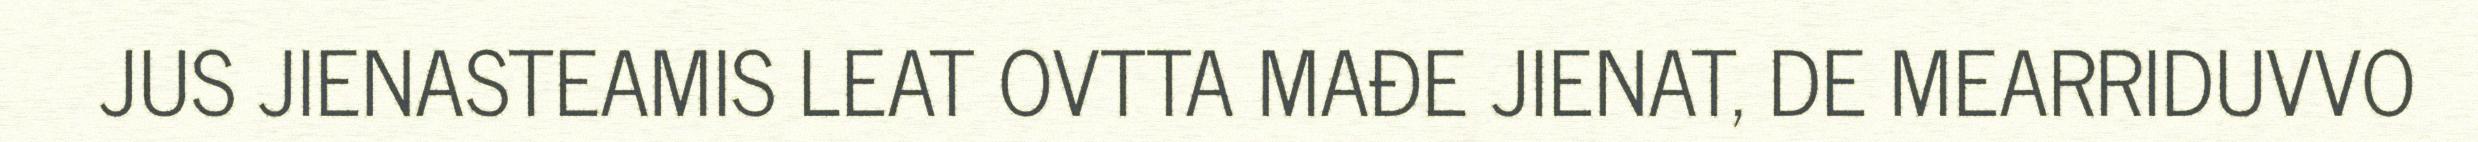
JUS JIENASTEAMIS LEAT OVTTA MAĐE JIENAT, DE MEARRIDUVVO